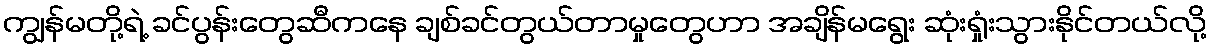
ကျွန်မတို့ရဲ့ ခင်ပွန်းတွေဆီကနေ ချစ်ခင်တွယ်တာမှုတွေဟာ အချိန်မရွေး ဆုံးရှုံးသွားနိုင်တယ်လို့